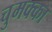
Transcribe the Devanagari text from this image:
चुमक्का